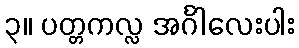
၃။ ပတ္တကလ္လ အင်္ဂါလေးပါး